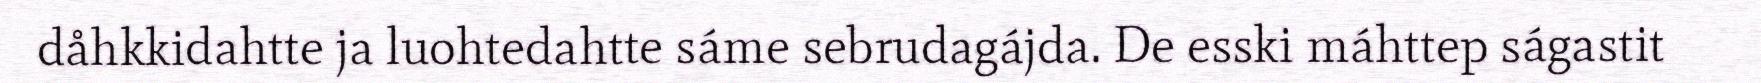
dåhkkidahtte ja luohtedahtte sáme sebrudagájda. De esski máhttep ságastit